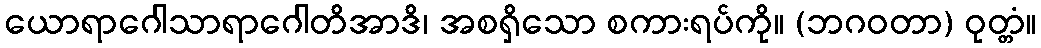
ယောရာဂေါသာရာဂေါတိအာဒိ၊ အစရှိသော စကားရပ်ကို။ (ဘဂဝတာ) ဝုတ္တံ။